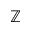
\mathbb { Z }